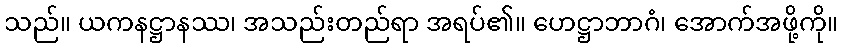
သည်။ ယကနဋ္ဌာနဿ၊ အသည်းတည်ရာ အရပ်၏။ ဟေဋ္ဌာဘာဂံ၊ အောက်အဖို့ကို။